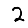
Digit: 2